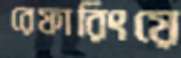
রেফারিংয়ে